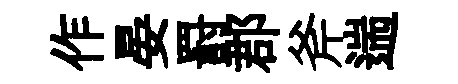
作晏罸郡斧遄